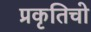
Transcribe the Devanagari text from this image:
प्रकृतिचो